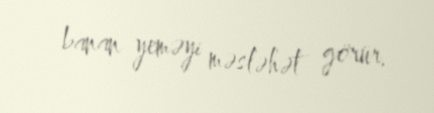
banan yeməyi məsləhət görür.